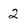
Character: 2